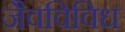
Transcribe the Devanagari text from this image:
जैवविविध